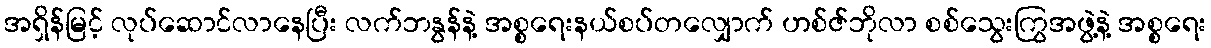
အရှိန်မြင့် လုပ်ဆောင်လာနေပြီး လက်ဘနွန်နဲ့ အစ္စရေးနယ်စပ်တလျှောက် ဟစ်ဇ်ဘိုလာ စစ်သွေးကြွအဖွဲ့နဲ့ အစ္စရေး